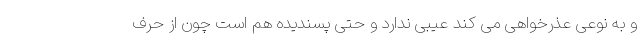
و به نوعی عذرخواهی می کند عیبی ندارد و حتی پسندیده هم است چون از حرف